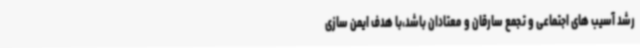
رشد آسیب های اجتماعی و تجمع سارقان و معتادان باشد،با هدف ایمن سازی